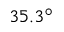
3 5 . 3 ^ { \circ }